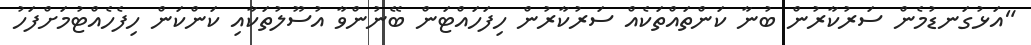
"އަޅުގަނޑުމެން ސަރުކާރުން ބުނާ ކަންތައްތަކެއް ސަރުކާރުން ހިފަހައްޓަން ބޭނުންވާ އުސޫލުތަކާއި ކަންކަން ހިފެހެއްޓުމަށްފަހު